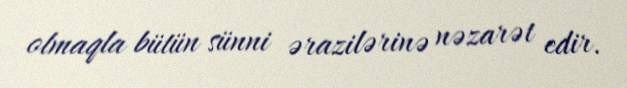
olmaqla bütün sünni ərazilərinə nəzarət edir.